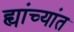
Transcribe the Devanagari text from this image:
ह्यांच्यांत